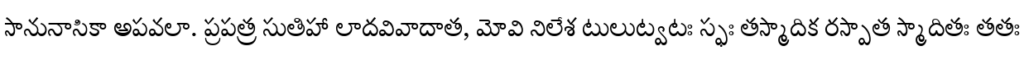
సానునాసికా అపవలా. ప్రపత్ర సుతిహా లాదవివాదాత, మోవి నిలేశ టులుట్వటః స్ఫః తస్మాదిక రస్పాత స్మాదితః తతః